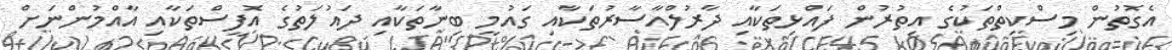
އެގޮތުން މިސްކިތްތަކުގެ އިތުރުން ފައްޅިތަކާއި ދާރުލްއާސާރުތަކާއި ގައުމީ ބިނާތަކާއި ދައުލަތުގެ އޮފީސްތަކާއި އާއްމުންނަށް